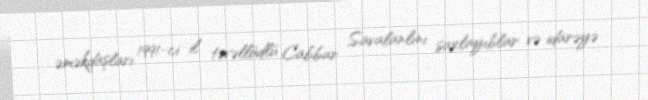
əməkdaşları 1991-ci il təvəllüdlü Cabbar Savalanlını saxlayıblar və idarəyə